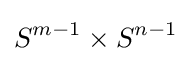
S^{m-1}\times S^{n-1}